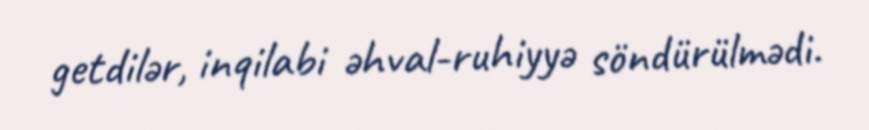
getdilər, inqilabi əhval-ruhiyyə söndürülmədi.